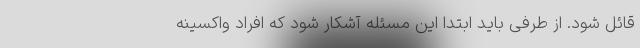
قائل شود. از طرفی باید ابتدا این مسئله آشکار شود که افراد واکسینه